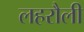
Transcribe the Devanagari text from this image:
लहरौली